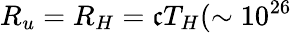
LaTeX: R_{u}=R_{H}=\mathfrak{c}T_{H}(\sim10^{26}